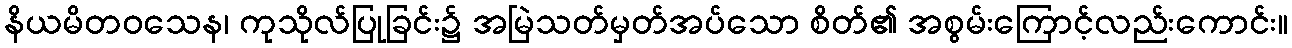
နိယမိတဝသေန၊ ကုသိုလ်ပြုခြင်း၌ အမြဲသတ်မှတ်အပ်သော စိတ်၏ အစွမ်းကြောင့်လည်းကောင်း။